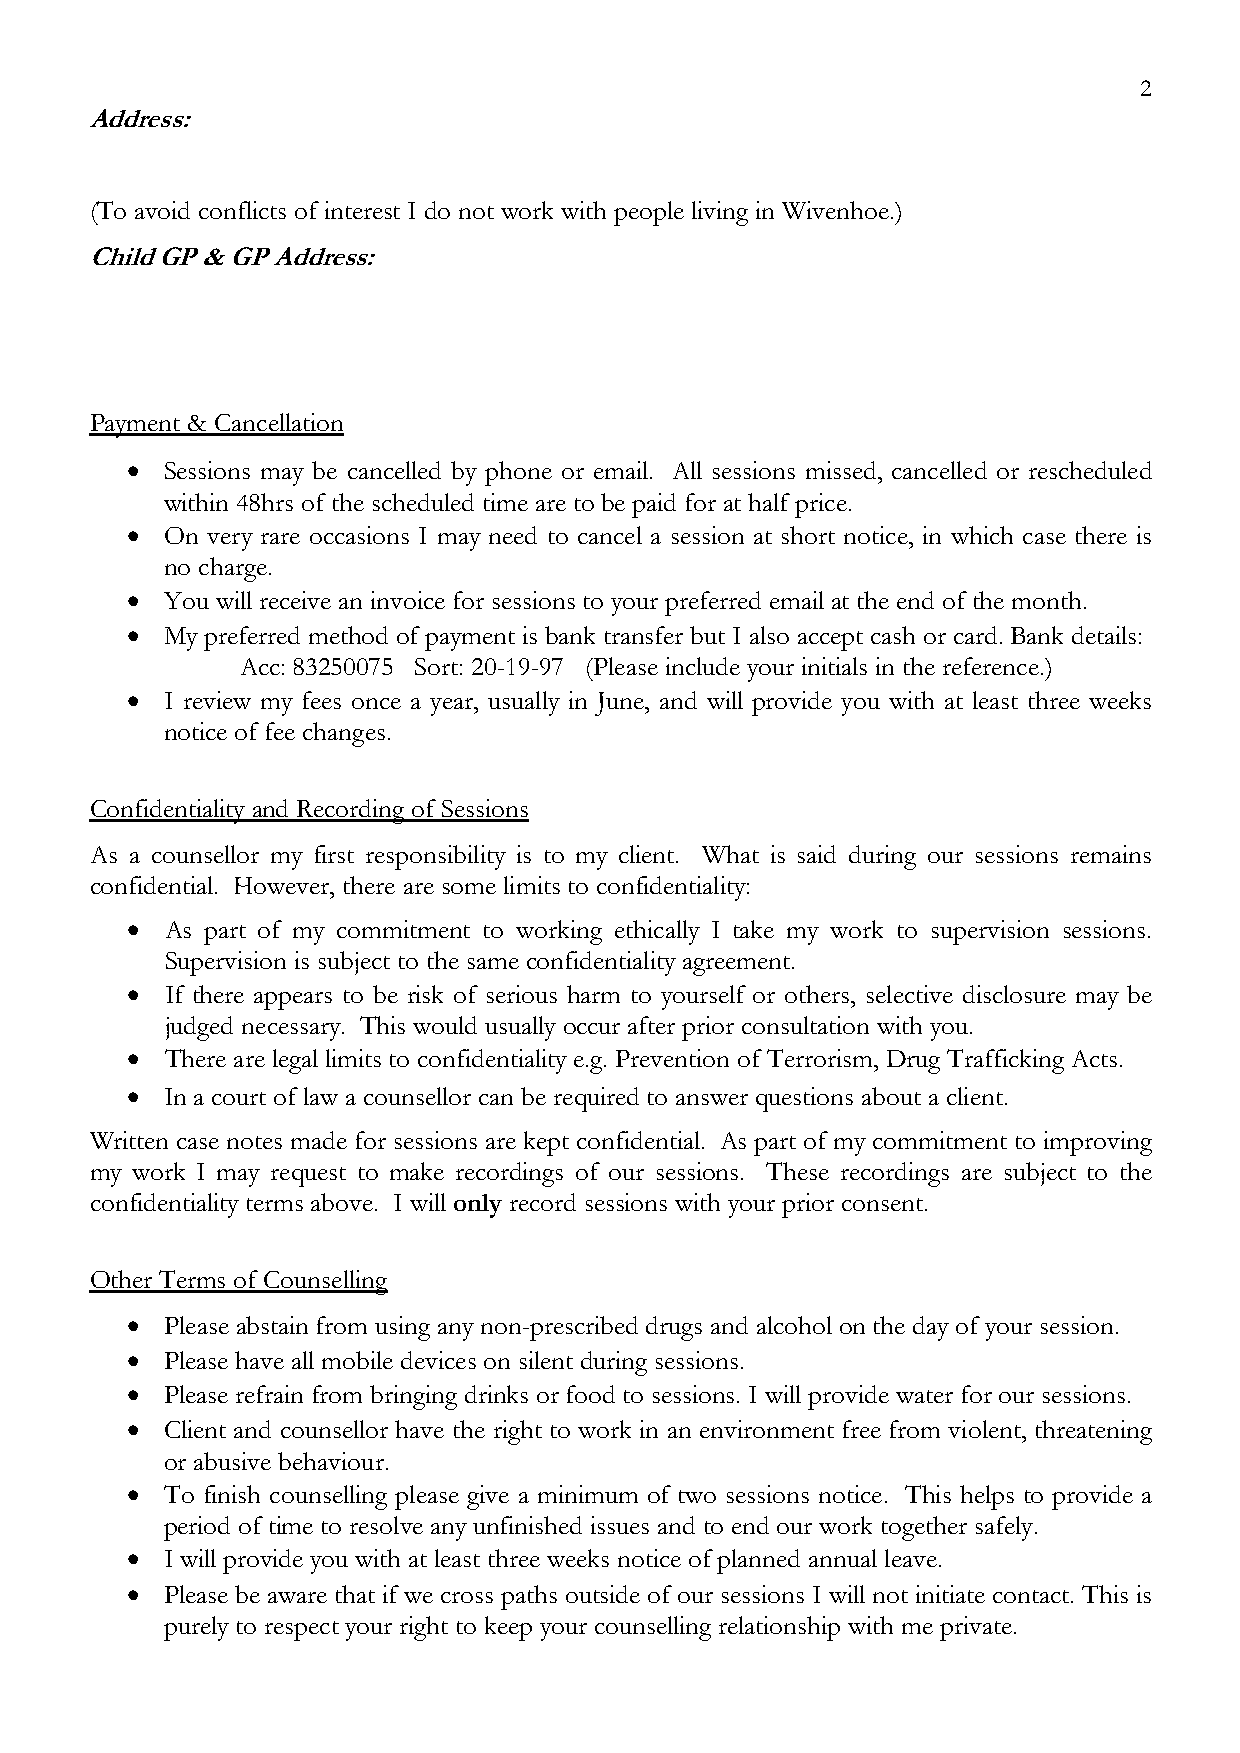
2
 Address:
 (To avoid conflicts of interest I do not work with people living in Wivenhoe.)
 Child GP & GP Address:
 Payment & Cancellation
 •  Sessions may be cancelled by phone or email. All sessions missed, cancelled or rescheduled
 within 48hrs of the scheduled time are to be paid for at half price.
 •  On very rare occasions I may need to cancel a session at short notice, in which case there is
 no charge.
 •  You will receive an invoice for sessions to your preferred email at the end of the month.
 •  My preferred method of payment is bank transfer but I also accept cash or card. Bank details:
 Acc: 83250075 Sort: 20-19-97 (Please include your initials in the reference.)
 •  I review my fees once a year, usually in June, and will provide you with at least three weeks
 notice of fee changes.
 Confidentiality and Recording of Sessions
 As a counsellor my first responsibility is to my client. What is said during our sessions remains
 confidential. However, there are some limits to confidentiality:
 •  As part of my commitment to working ethically I take my work to supervision sessions.
 Supervision is subject to the same confidentiality agreement.
 •  If there appears to be risk of serious harm to yourself or others, selective disclosure may be
 judged necessary. This would usually occur after prior consultation with you.
 •  There are legal limits to confidentiality e.g. Prevention of Terrorism, Drug Trafficking Acts.
 •  In a court of law a counsellor can be required to answer questions about a client.
 Written case notes made for sessions are kept confidential. As part of my commitment to improving
 my work I may request to make recordings of our sessions. These recordings are subject to the
 confidentiality terms above. I will only record sessions with your prior consent.
 Other Terms of Counselling
 •  Please abstain from using any non-prescribed drugs and alcohol on the day of your session.
 •  Please have all mobile devices on silent during sessions.
 •  Please refrain from bringing drinks or food to sessions. I will provide water for our sessions.
 •  Client and counsellor have the right to work in an environment free from violent, threatening
 or abusive behaviour.
 •  To finish counselling please give a minimum of two sessions notice. This helps to provide a
 period of time to resolve any unfinished issues and to end our work together safely.
 •  I will provide you with at least three weeks notice of planned annual leave.
 •  Please be aware that if we cross paths outside of our sessions I will not initiate contact. This is
 purely to respect your right to keep your counselling relationship with me private.